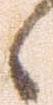
候